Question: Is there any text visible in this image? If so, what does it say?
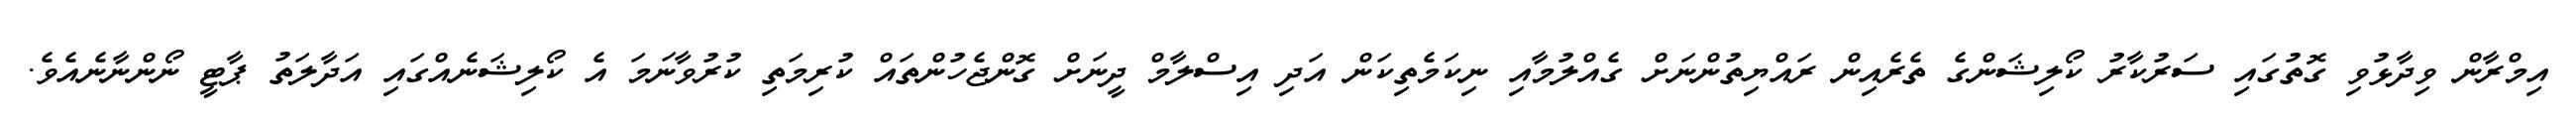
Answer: އިމްރާން ވިދާޅުވި ގޮތުގައި ސަރުކާރު ކޯލިޝަންގެ ތެރެއިން ރައްޔިތުންނަށް ގެއްލުމާއި ނިކަމެތިކަން އަދި އިސްލާމް ދީނަށް ގޮންޖެހުންތައް ކުރިމަތި ކުރުވާނަމަ އެ ކޯލިޝަނެއްގައި އަދާލަތު ޕާޓީ ނޯންނާނެއެވެ.